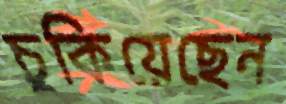
চুকিয়েছেন